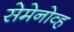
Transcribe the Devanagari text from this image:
सेमेनोव्ह